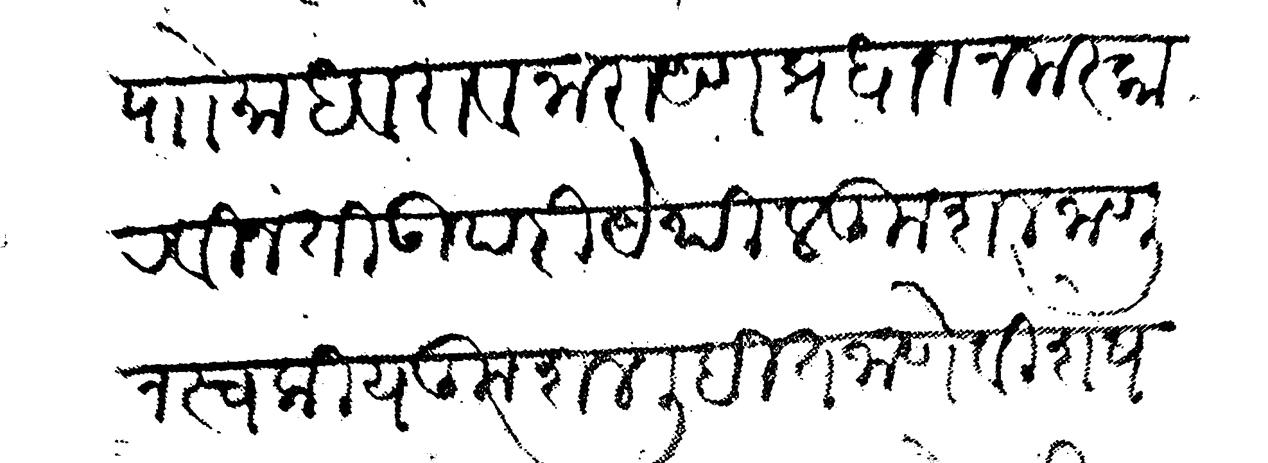
Transliteration (Devanagari): पाो माधवराव नारायण प्रधान नमस्कार विनंती उपरी येथील कुशल जाणून स्वकीय कुशल लिहित जाणे विशेष